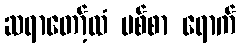
ဆရာတော့်ထံ ပစ်စာ ရောက်